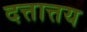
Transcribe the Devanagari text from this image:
दत्तात्तय